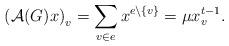
LaTeX: \begin{align*}\left( \mathcal{A}(G)x\right)_{v}=\sum_{v\in e}x^{e\backslash\{v\}}=\mu x_{v}^{t-1}.\end{align*}